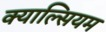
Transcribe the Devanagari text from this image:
क्याल्सियम